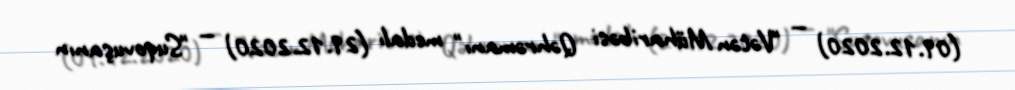
(09.12.2020) — "Vətən Müharibəsi Qəhrəmanı" medalı (29.12.2020) — "Suqovuşanın